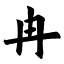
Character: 冉